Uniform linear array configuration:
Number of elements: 4
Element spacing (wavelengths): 0.5
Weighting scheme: cosine
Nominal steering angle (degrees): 30
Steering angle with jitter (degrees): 30.489
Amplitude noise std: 0.05
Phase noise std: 0.05

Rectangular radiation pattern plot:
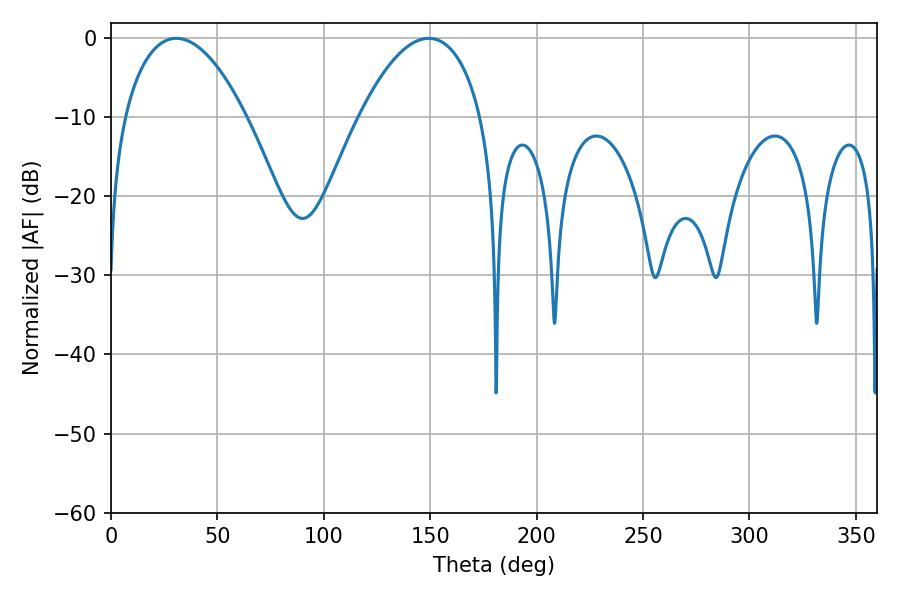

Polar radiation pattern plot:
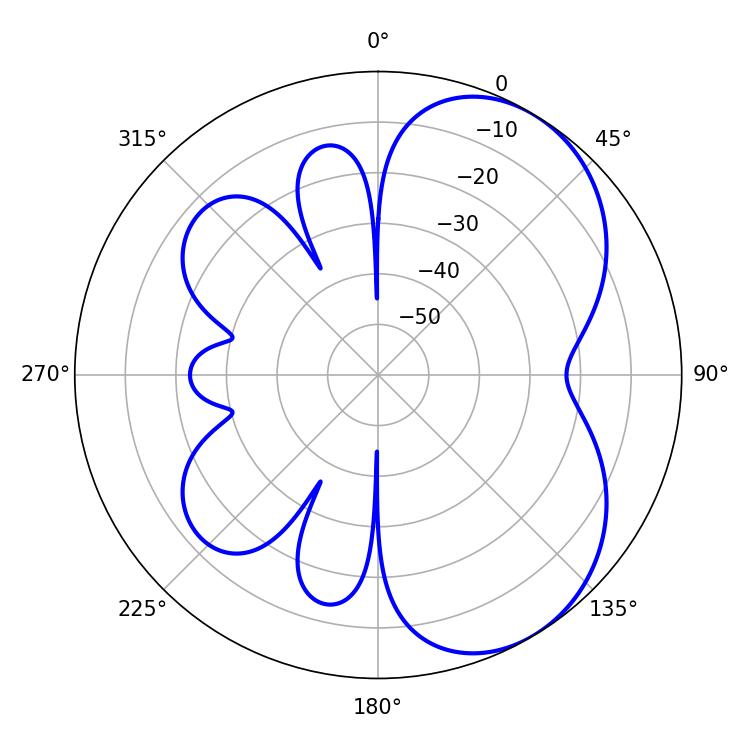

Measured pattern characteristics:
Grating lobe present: FALSE
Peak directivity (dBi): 5.251
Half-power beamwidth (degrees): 32.04
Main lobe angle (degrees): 30.78